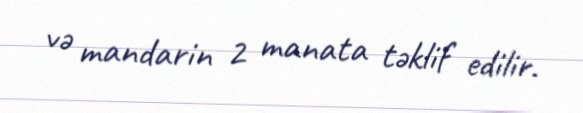
və mandarin 2 manata təklif edilir.